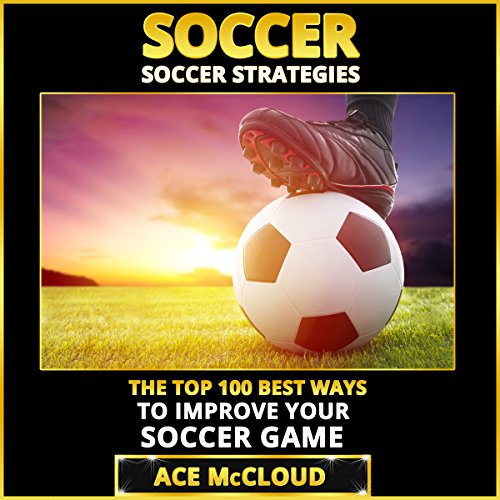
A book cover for Soccer: Soccer Strategies: The Top 100 Best Ways to Improve Your Soccer Game; Ace McCloud; Sports & Outdoors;